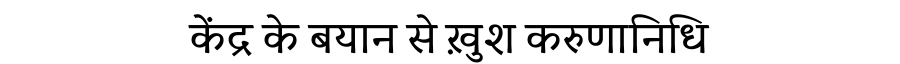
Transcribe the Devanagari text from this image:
केंद्र के बयान से ख़ुश करुणानिधि